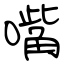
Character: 嘴